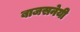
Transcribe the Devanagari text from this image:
बाजसनेयी